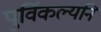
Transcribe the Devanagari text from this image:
पुर्विकल्यनि